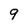
Character: 9